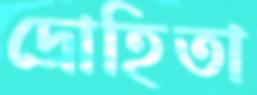
দ্রোহিতা